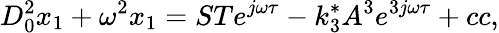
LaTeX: D_{0}^{2}x_{1}+\omega^{2}x_{1}=STe^{j\omega\tau}-k_{3}^{*}A^{3}e^{3j\omega\tau}+cc,